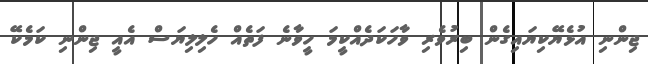
ޖިންނި އުޅެޔޭކިޔައިގެން ބިރުވެރި ވާހަކަދެއްކީމަ ހީވާނެ ފަތެއް ހެލިލިޔަސް އެއީ ޖިންނި ކަމެކޭ